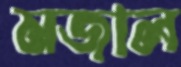
মজাল